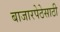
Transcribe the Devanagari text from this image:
बाजारपेठेसाठी